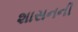
શાસનની